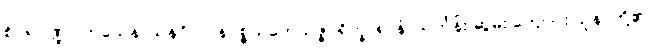
စိဝရပိဏ္ဍပါတသေနာသနဂိလာနပ္ပစ္စယဘေသဇ္ဇပရိက္ခာရာနံ၊ သင်္ကန်း ဆွမ်း ကျောင်း သူနာတို့၏